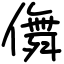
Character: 儛